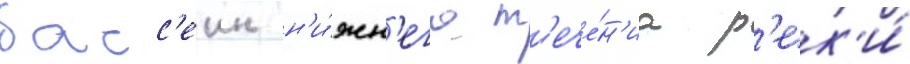
басс'еин н'и́жн'его т'ече́н'иа р'ек'и́